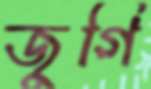
জুগি